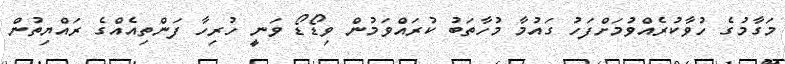
މަގާމުގެ ހުވާކުރެއްވުމަށްފަހު ގައުމާ މުހާތަބު ކުރައްވަމުން ވިޑޯޑޯ ވަނީ ހުރިހާ ފަންތިއެއްގެ ރައްޔިތުން